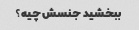
ببخشید جنسش چیه؟